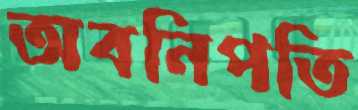
অবনিপতি